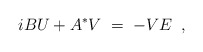
\begin{align*}i B U + A^* V \;=\;- V E \;\;,\end{align*}